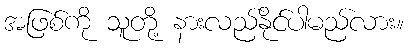
အဖြစ်ကို သူတို့ နားလည်နိုင်ပါမည်လား။